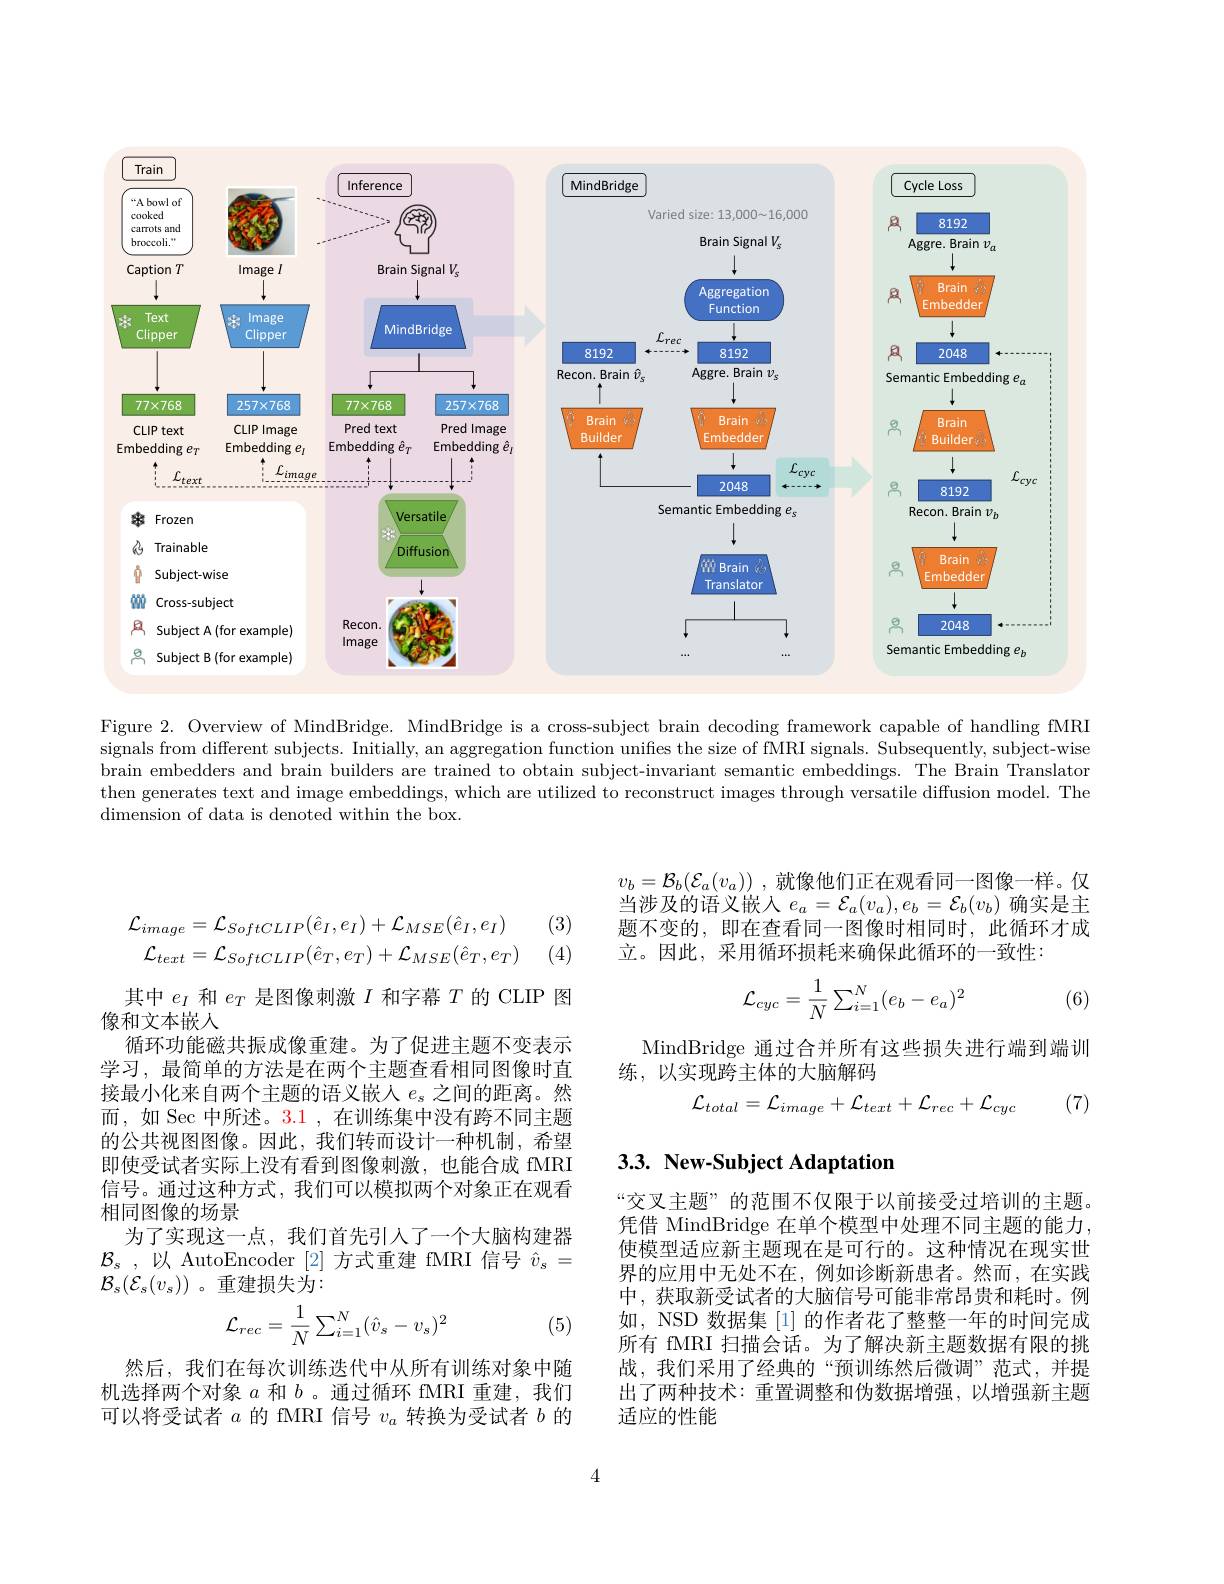
<FigureHere>

Figure 2. Overview of MindBridge. MindBridge is a cross-subject brain decoding framework capable of handling fMRI signals from different subjects. Initially, an aggregation function unifes the size of fMRI signals. Subsequently, subject-wise brain embedders and brain builders are trained to obtain subject-invariant semantic embeddings. The Brain Translator then generates text and image embeddings, which are utilized to reconstruct images through versatile diffusion model. The dimension of data is denoted within the box.

$v_b= \mathcal{B} _b( \mathcal{E} _a( v_a) )$ ,就像他们正在观看同一图像一样。仅当涉及的语义嵌入$e_a=\mathcal{E}_a(v_a),e_b=\mathcal{E}_b(v_b)$确实是主题不变的，即在查看同一图像时相同时，此循环才成立。因此，采用循环损耗来确保此循环的一致性：

(3) (4)
$$\mathcal{L}_{cyc}=\frac{1}{N}\sum_{i=1}^{N}(e_b-e_a)^2$$
(6)

MindBridge 通过合并所有这些损失进行端到端训
练，以实现跨主体的大脑解码
$$\mathcal{L}_{total}=\mathcal{L}_+\mathcal{L}_{text}+\mathcal{L}_{rec}+\mathcal{L}_{cyc}$$
(7)
$$\mathcal{L}_=\mathcal{L}_{SoftCLIP}(\hat{e}_{I},e_{I})+\mathcal{L}_{MSE}(\hat{e}_{I},e_{I})\\\mathcal{L}_{text}=\mathcal{L}_{SoftCLIP}(\hat{e}_{T},e_{T})+\mathcal{L}_{MSE}(\hat{e}_{T},e_{T})$$
其中$e_I$和$e_T$是图像刺激$I$和字幕$T$的 CLIP 图
像和文本嵌人
循环功能磁共振成像重建。为了促进主题不变表示学习，最简单的方法是在两个主题查看相同图像时直接最小化来自两个主题的语义嵌人$e_s$之间的距离。然而，如 Sec 中所述。3.1 ,在训练集中没有跨不同主题的公共视图图像。因此，我们转而设计一种机制，希望即使受试者实际上没有看到图像刺激，也能合成 fMRI 信号。通过这种方式，我们可以模拟两个对象正在观看相同图像的场景
为了实现这一点，我们首先引人了一个大脑构建器$\mathcal{B} _{s}$ , 以 AutoEncoder [2]方式重建 fMRI 信号$\hat{v}_{s}=$ $\mathcal{B}_s(\mathcal{E}_s(v_s))$。重建损失为：

## 3.3. New-Subject Adaptation

“交叉主题”的范围不仅限于以前接受过培训的主题。凭借 MindBridge 在单个模型中处理不同主题的能力， 使模型适应新主题现在是可行的。这种情况在现实世界的应用中无处不在，例如诊断新患者。然而，在实践中，获取新受试者的大脑信号可能非常昂贵和耗时。例如，NSD 数据集 [1] 的作者花了整整一年的时间完成所有 fMRI 扫描会话。为了解决新主题数据有限的挑战，我们采用了经典的“预训练然后微调”范式，并提出了两种技术：重置调整和伪数据增强，以增强新主题适应的性能
$$\mathcal{L}_{rec}=\frac{1}{N}\sum_{i=1}^{N}(\hat{v}_{s}-v_{s})^{2}$$
(5)

然后，我们在每次训练迭代中从所有训练对象中随机选择两个对象$a$和$b$ 。通过循环 fMRI 重建，我们可以将受试者$a$的 fMRI 信号$v_a$转换为受试者$b$的

4